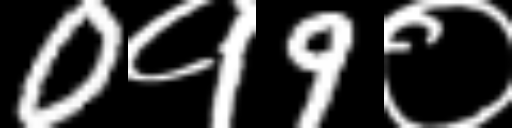
Text: 0१9०